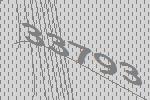
33793